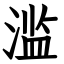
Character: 滥